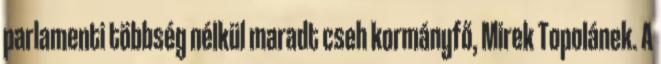
parlamenti többség nélkül maradt cseh kormányfő, Mirek Topolánek. A